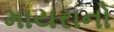
માયરાનો